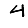
Digit: 4